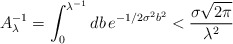
\begin{align*}A_\lambda^{-1}=\int_0^{\lambda^{-1}}db\,e^{-1/2\sigma^2b^2}<{\sigma\sqrt{2\pi}\over\lambda^2}\end{align*}